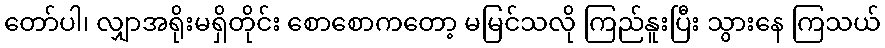
တော်ပါ၊ လျှာအရိုးမရှိတိုင်း စောစောကတော့ မမြင်သလို ကြည်နူးပြီး သွားနေ ကြသယ်